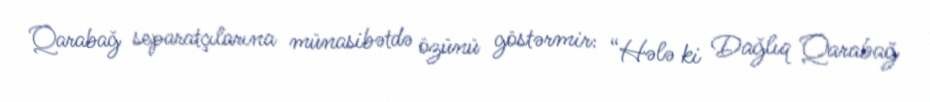
Qarabağ separatçılarına münasibətdə özünü göstərmir: “Hələ ki Dağlıq Qarabağ